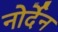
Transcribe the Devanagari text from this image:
नोर्देन